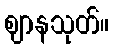
ဈာနသုတ်။